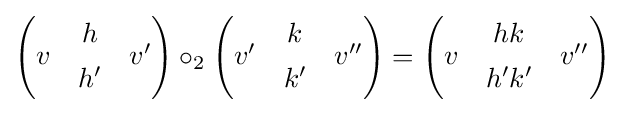
{\begin{pmatrix}&h&\\[-0.9ex]v&&v'\\[-0.9ex]&h'&\end{pmatrix}}\circ _{2}{\begin{pmatrix}&k&\\[-0.9ex]v'&&v''\\[-0.9ex]&k'&\end{pmatrix}}={\begin{pmatrix}&hk&\\[-0.9ex]v&&v''\\[-0.9ex]&h'k'&\end{pmatrix}}